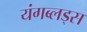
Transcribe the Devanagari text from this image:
यंगब्लड्स